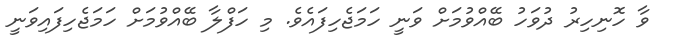
ވާ ހޮނިހިރު ދުވަހު ބޭއްވުމަށް ވަނީ ހަމަޖެހިފައެވެ. މި ހަފްލާ ބޭއްވުމަށް ހަމަޖެހިފައިވަނީ